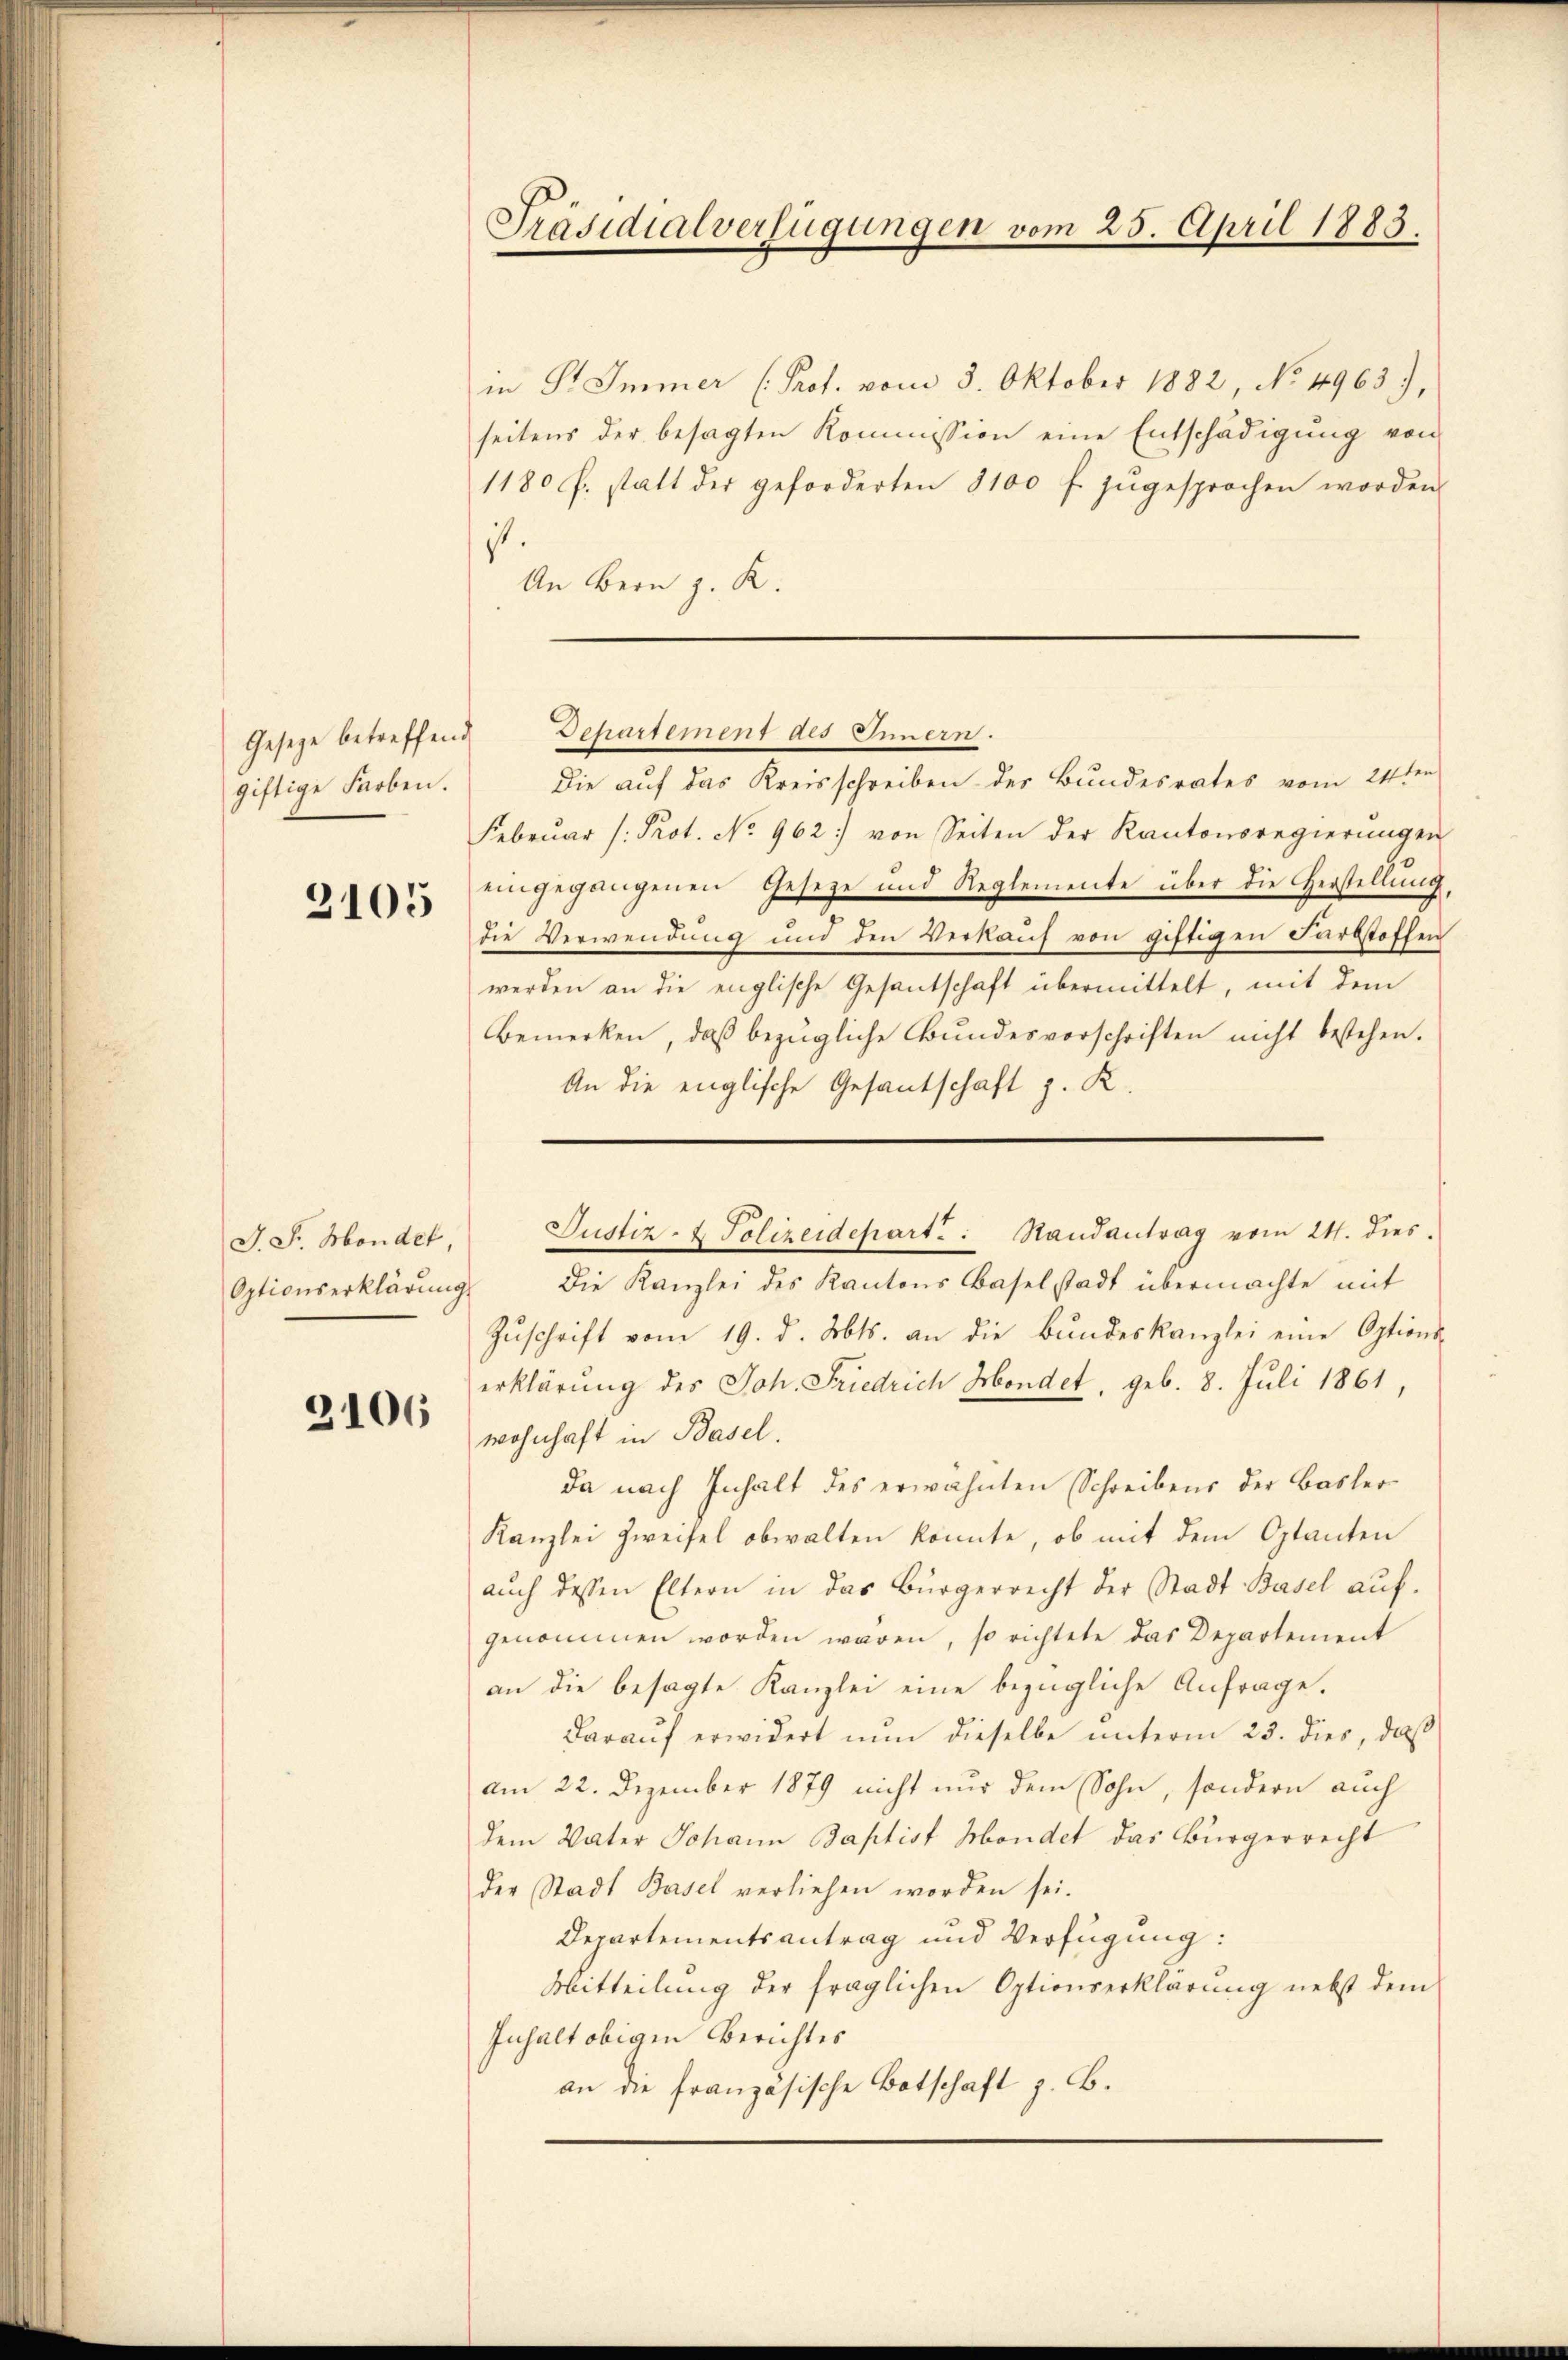
giftige Farben.

2105

J. Sr. Monder,
Optionserklärung

2106

in Pr. Immer (Prof. vom 8. Oktober 1882, No. 4963),
seitens der besagten Kommission eine Entschädigung von
1180 f. statt der geforderten 8100 f zŭgesprochen worden
ist.
An Bern z. K.

Präsidialverfügungen vom 25. April 1883.

Die auf das Kreisschreiben des Bundesrates vom 24ten
Februar (: Prot. No 962) von Seiten der Kantonsregierŭngen
eingegangenen Geseze und Reglemente über die Herstellung,
die Verwendung und den Verkauf von giftigen Farbstoffen
werden an die englische Gesantschaft übermittelt, mit dem
bemerken, daβ bezügliche Bundesvorschriften nicht bestehen.
An die englische Gesantschaft z. K.
Die Kanzlei des Kantons Baselstadt übermachte mit
Zŭschrift vom 19. d. Mts. an die Bŭndeskanzlei eine Options-
erklärung des Joh. Friedrich Mondet, geb. 8. Juli 1861,
wohnhaft in Basel.
da nach Inhalt des erwähnten Schreibens der Basler
Kanzlei Zweifel obwalten könnte, ob mit dem Optanten
aŭch dessen Eltern in das Bürgerrecht der Stadt Basel aŭf-
genommen worden wären, so richtete das Departement
an die besagte Kanzlei eine bezügliche Anfrage.
darauf erwidert nun dieselbe unterm 23. dies, daß
am 22. Dezember 1879 nicht nur dem Sohn, sondern auch
dem Vater Johann Baptist Mondet das Bürgerrecht
der Stadt Basel verliehen worden sei.
Departementsantrag und Verfügung:
Mitteilŭng der fraglichen Optionserklärung nebst dem
Inhalt obigen Berichtes
an die französische Botschaft z. B.

Geseze betreffend Departement des Innern.

Justiz- & Polizeidepart: Randantrag vom 24. dies